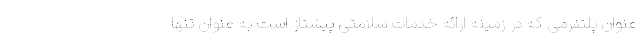
عنوان پلتفرمی که در زمینه ارائه خدمات سلامتی پیشتاز است به عنوان تنها